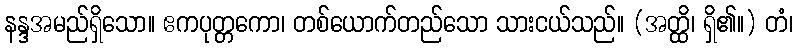
နန္ဒအမည်ရှိသော။ ဧကပုတ္တကော၊ တစ်ယောက်တည်သော သားငယ်သည်။ (အတ္ထိ၊ ရှိ၏။) တံ၊